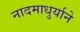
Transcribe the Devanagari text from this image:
नादमाधुर्याने